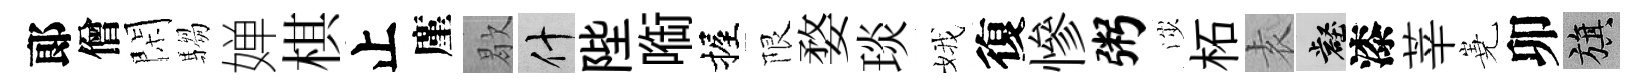
郞僧閑騶婵棋止廑歇什陛㗸握限婺琰娥復慘粥渉柘𡊮壑漆莘嶤卯旗